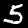
Digit: 5